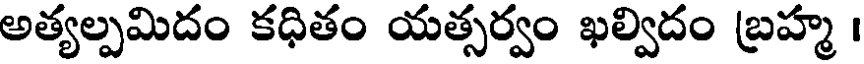
అత్యల్పమిదం కధితం యత్సర్వం ఖల్విదం బ్రహ్మ ।